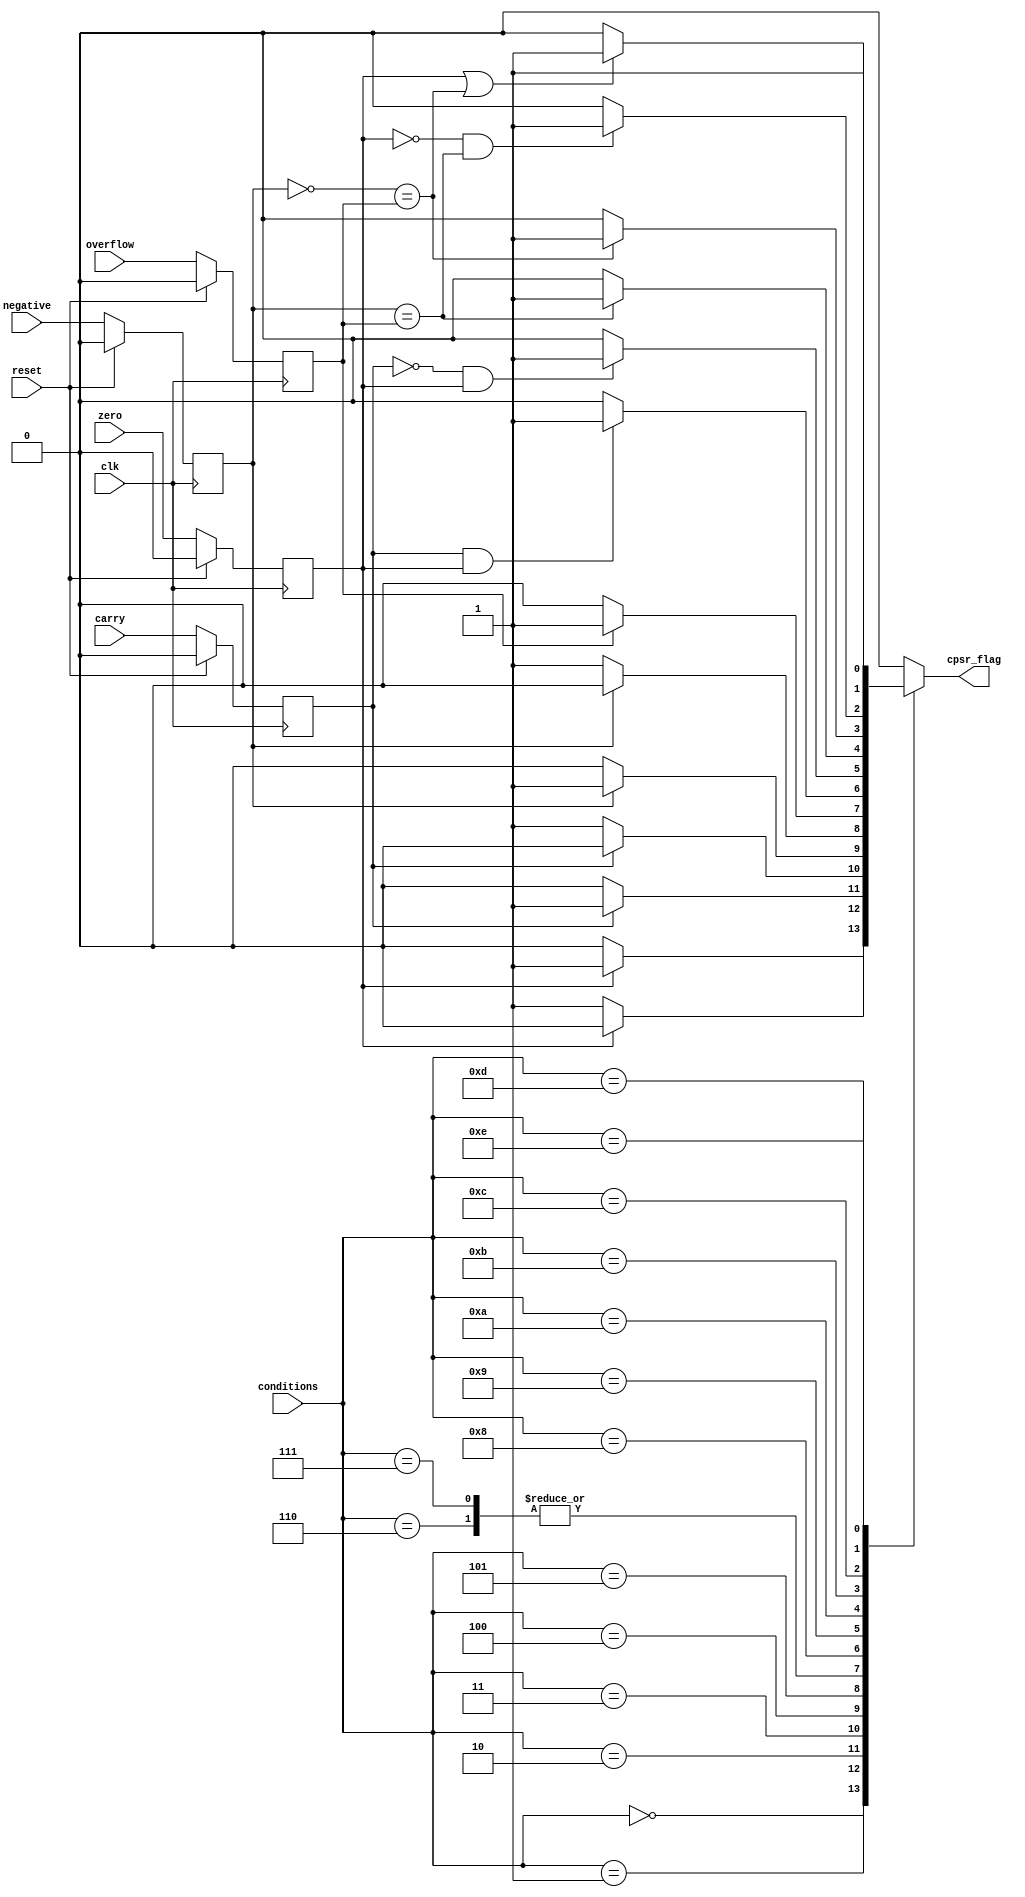
`timescale 1ns / 1ps
//////////////////////////////////////////////////////////////////////////////////
// Company: 
// Engineer: 
// 
// Design Name: 
// Module Name: CPSR
// Project Name: 
// Target Devices: 
// Tool Versions: 
// Description: 
// 
// Dependencies: 
// 
// Revision:
// Revision 0.01 - File Created
// Additional Comments:
// 
//////////////////////////////////////////////////////////////////////////////////


module CPSR( //flags passed from th ALU
           input clk,
           input reset,
           input carry,
           input overflow,
           input negative,
           input zero,
           input [3:0] conditions,    //type of unconditional branch
           output reg cpsr_flag
            );

reg carry_n;
wire carry_r;
reg overflow_n;
wire overflow_r;
reg negative_n;
wire negative_r;
reg zero_n;
wire zero_r;

assign carry_r = carry;
assign overflow_r = overflow;
assign negative_r = negative;
assign zero_r = zero;
          
always @(*)
 begin
  case (conditions)
   4'b0000: begin             //equal
              if (zero_n == 1'b1)
                 cpsr_flag  = 1'b1;
              else
                 cpsr_flag  = 1'b0;
            end
   4'b0001: begin            //not equal
               if (zero_n == 1'b0)
                  cpsr_flag  = 1'b1;
               else
                  cpsr_flag  = 1'b0;
             end
   4'b0010: begin           //carry set
                if (carry_n == 1'b1)
                   cpsr_flag  = 1'b1;
                else
                   cpsr_flag  = 1'b0;
              end             
   4'b0011: begin          //carry clear
                 if (carry_n == 1'b0)
                    cpsr_flag  = 1'b1;
                 else
                    cpsr_flag  = 1'b0;
               end             
   4'b0100: begin         //minus (negative)
                  if (negative_n == 1'b1)
                     cpsr_flag  = 1'b1;
                  else
                     cpsr_flag  = 1'b0;
                end            
   4'b0101: begin         //plus,positive or zero
                   if (negative_n == 1'b0)
                      cpsr_flag  = 1'b1;
                   else
                      cpsr_flag  = 1'b0;
                 end            
   4'b0110: begin         //overflow
                    if (overflow_n == 1'b1)
                       cpsr_flag  = 1'b1;
                    else
                       cpsr_flag  = 1'b0;
                  end
   4'b0111: begin        //no overflow
                     if (overflow_n == 1'b1)
                        cpsr_flag  = 1'b1;
                     else
                        cpsr_flag  = 1'b0;
                   end 
   4'b1000: begin       //unsigned higher
                      if ((carry_n == 1'b1) & (zero_n == 1'b1))
                         cpsr_flag  = 1'b1;
                      else
                         cpsr_flag  = 1'b0;
                    end                   
   4'b1001: begin       //unsigned lower or equal
                       if ((carry_n == 1'b0) & (zero_n == 1'b1))
                          cpsr_flag  = 1'b1;
                       else
                          cpsr_flag  = 1'b0;
                     end                   
   4'b1010: begin       //signed greater than or equal
                     if (negative_n == overflow_n)
                        cpsr_flag  = 1'b1;
                     else
                        cpsr_flag  = 1'b0;
                   end                   
   4'b1011: begin       //signed less than
                       if ((~negative_n) == overflow_n)
                          cpsr_flag  = 1'b1;
                       else
                          cpsr_flag  = 1'b0;
                     end                                    
   4'b1100: begin       //signed greater than
                         if ((zero_n == 1'b0) & (negative_n == overflow_n))
                            cpsr_flag  = 1'b1;
                         else
                            cpsr_flag  = 1'b0;
                       end   
   4'b1101: begin       //signed less than or equal
                       if ((zero_n == 1'b1) | ((~negative_n) == overflow_n))
                          cpsr_flag  = 1'b1;
                       else
                          cpsr_flag  = 1'b0;
                     end                       
   4'b1110: begin       //always unconditional
              cpsr_flag  = 1'b1;
            end
   default: cpsr_flag  = 1'b0;         
  endcase         
 end          

always @(posedge clk)
 begin
  if(reset == 1'b1)
   begin
    carry_n = 1'b0;
    overflow_n = 1'b0;
    negative_n = 1'b0;
    zero_n = 1'b0;
   end
  else
   begin
    carry_n = carry_r;
    overflow_n = overflow_r;
    negative_n = negative_r;
    zero_n = zero_r;
   end
 end            
            
endmodule